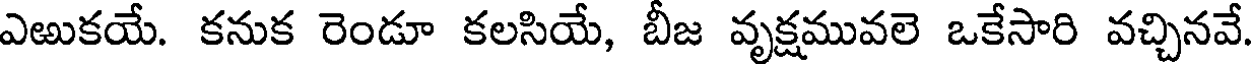
ఎఱుకయే. కనుక రెండూ కలసియే, బీజ వృక్షమువలె ఒకేసారి వచ్చినవే